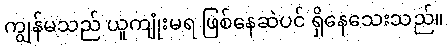
ကျွန်မသည် ယူကျုံးမရ ဖြစ်နေဆဲပင် ရှိနေသေးသည်။